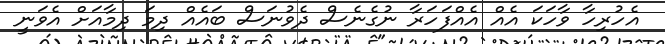
އެހުރިހާ ވާހަކަ އެއް އެއްފަހަރާ ނުގެނެސް ދެވުނަސް ބައެއް ދިމަ ދިމާއަށް އެވަނީ